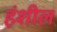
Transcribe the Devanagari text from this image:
हंशील